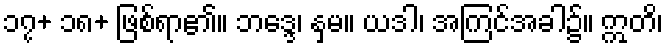
၁၇+ ၁၈+ ဖြစ်ရာ၏။ ဘဒ္ဒေ၊ နှမ။ ယဒါ၊ အကြင်အခါ၌။ ဣတိ၊